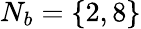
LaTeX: N_{b}=\{ 2,8\}